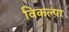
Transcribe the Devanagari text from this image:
विकल्पा